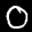
Label: 0